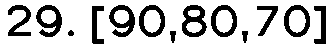
29. [90,80,70]